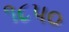
૧૮પ૦